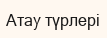
Атау түрлері